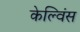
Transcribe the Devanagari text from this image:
केल्विंस